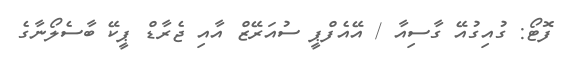
ފޮޓޯ: ގުއިގުއޭ ގާސިއާ / އޭއެފްޕީ ސުއަރޭޒް އާއި ޖެރާޑް ޕީކޭ ބާސެލޯނާގެ